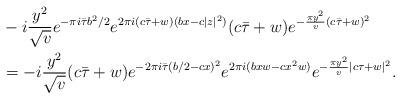
LaTeX: \begin{align*} &-i\frac{y^2}{\sqrt{v}} e^{-\pi i \bar{\tau}b^2/2}e^{2\pi i (c\bar{\tau}+w)(bx-c|z|^2)}(c\bar{\tau}+w)e^{-\frac{\pi y^2}{v}(c\bar{\tau}+w)^2}\\&=-i\frac{y^2}{\sqrt{v}} (c\bar{\tau}+w) e^{-2\pi i \bar{\tau}(b/2-cx)^2}e^{2\pi i (bxw-cx^2w)} e^{-\frac{\pi y^2}{v}|c\tau+w|^2}.\end{align*}